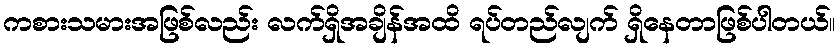
ကစားသမားအဖြစ်လည်း လက်ရှိအချိန်အထိ ရပ်တည်လျက် ရှိနေတာဖြစ်ပါတယ်။